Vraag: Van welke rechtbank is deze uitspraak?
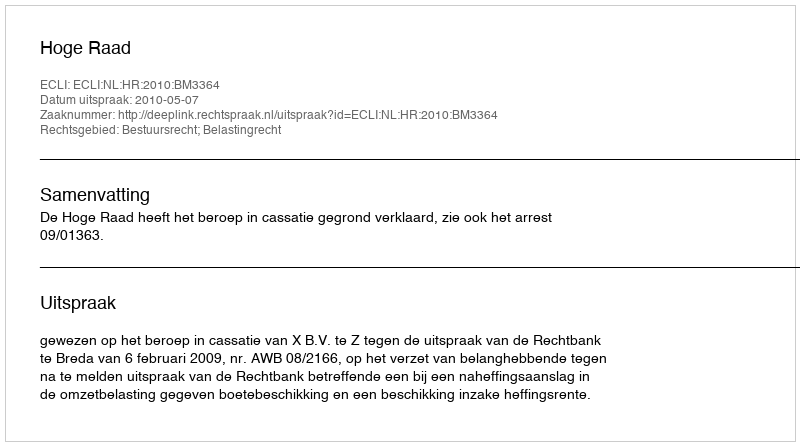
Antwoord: Hoge Raad